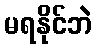
မရနိုင်ဘဲ